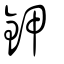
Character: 鉀